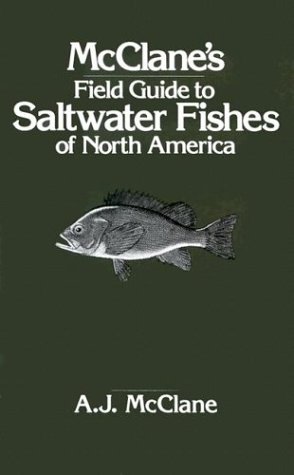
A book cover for McClane's Field Guide to Saltwater Fishes of North America; A. J. McClane; Sports & Outdoors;